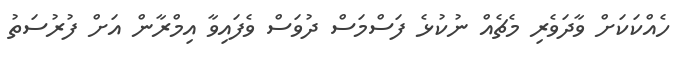
ހެއްކަކަށް ވާދަވެރި މެޗެއް ނުކުޅެ ފަސްމަސް ދުވަސް ވެފައިވާ އިމްރާން އަށް ފުރުސަތު